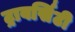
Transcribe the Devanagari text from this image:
ट्रावर्सिटी